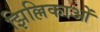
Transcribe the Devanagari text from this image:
झिल्लिकाओं